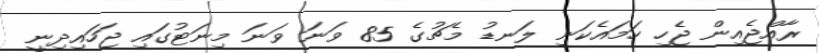
ރާއްޖެއިން ޖެހި ހަމައެކަނި ލަނޑު މެޗުގެ 85 ވަނަ ވަނަ މިނަޓުގައި ޖަހައިދިނީ